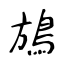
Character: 鴋